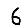
Digit: 6